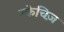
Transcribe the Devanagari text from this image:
स्केचिज़